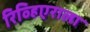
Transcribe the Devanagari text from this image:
रिव्हिएराला